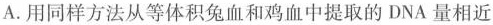
A.用同样方法从等体积兔血和鸡血中提取的DNA量相近